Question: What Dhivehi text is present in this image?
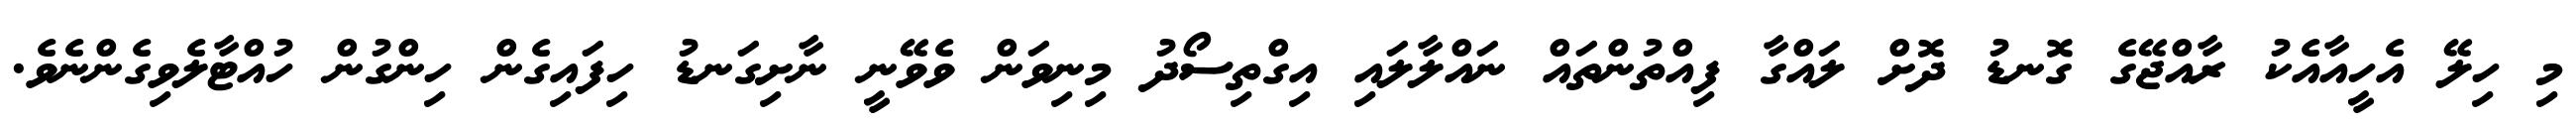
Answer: މި ހިލޭ އެހީއާއެކު ރާއްޖޭގެ ގޮނޑު ދޮށް ލައްގާ ފިއްތުންތައް ނައްލާލައި އިގްތިސޯދު މިނިވަން ވެވޭނީ ނާށިގަނޑު ހިފައިގެން ހިންގުން ހުއްޓާލެވިގެންނެވެ.